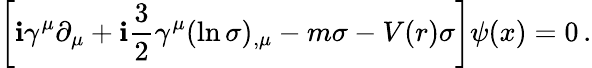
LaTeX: \left[\mathbf{i}\gamma^{\mu}\partial_{\mu}+\mathbf{i}\frac{{3}}{{2}}\gamma^{\mu}(\ln\sigma)_{,\mu}-m\sigma-V(r)\sigma\right]\psi(x)=0\, {.}